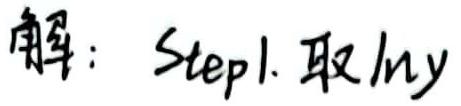
解：Step1. 取$\ln y$